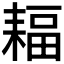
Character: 𦔆